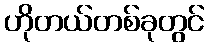
ဟိုတယ်တစ်ခုတွင်